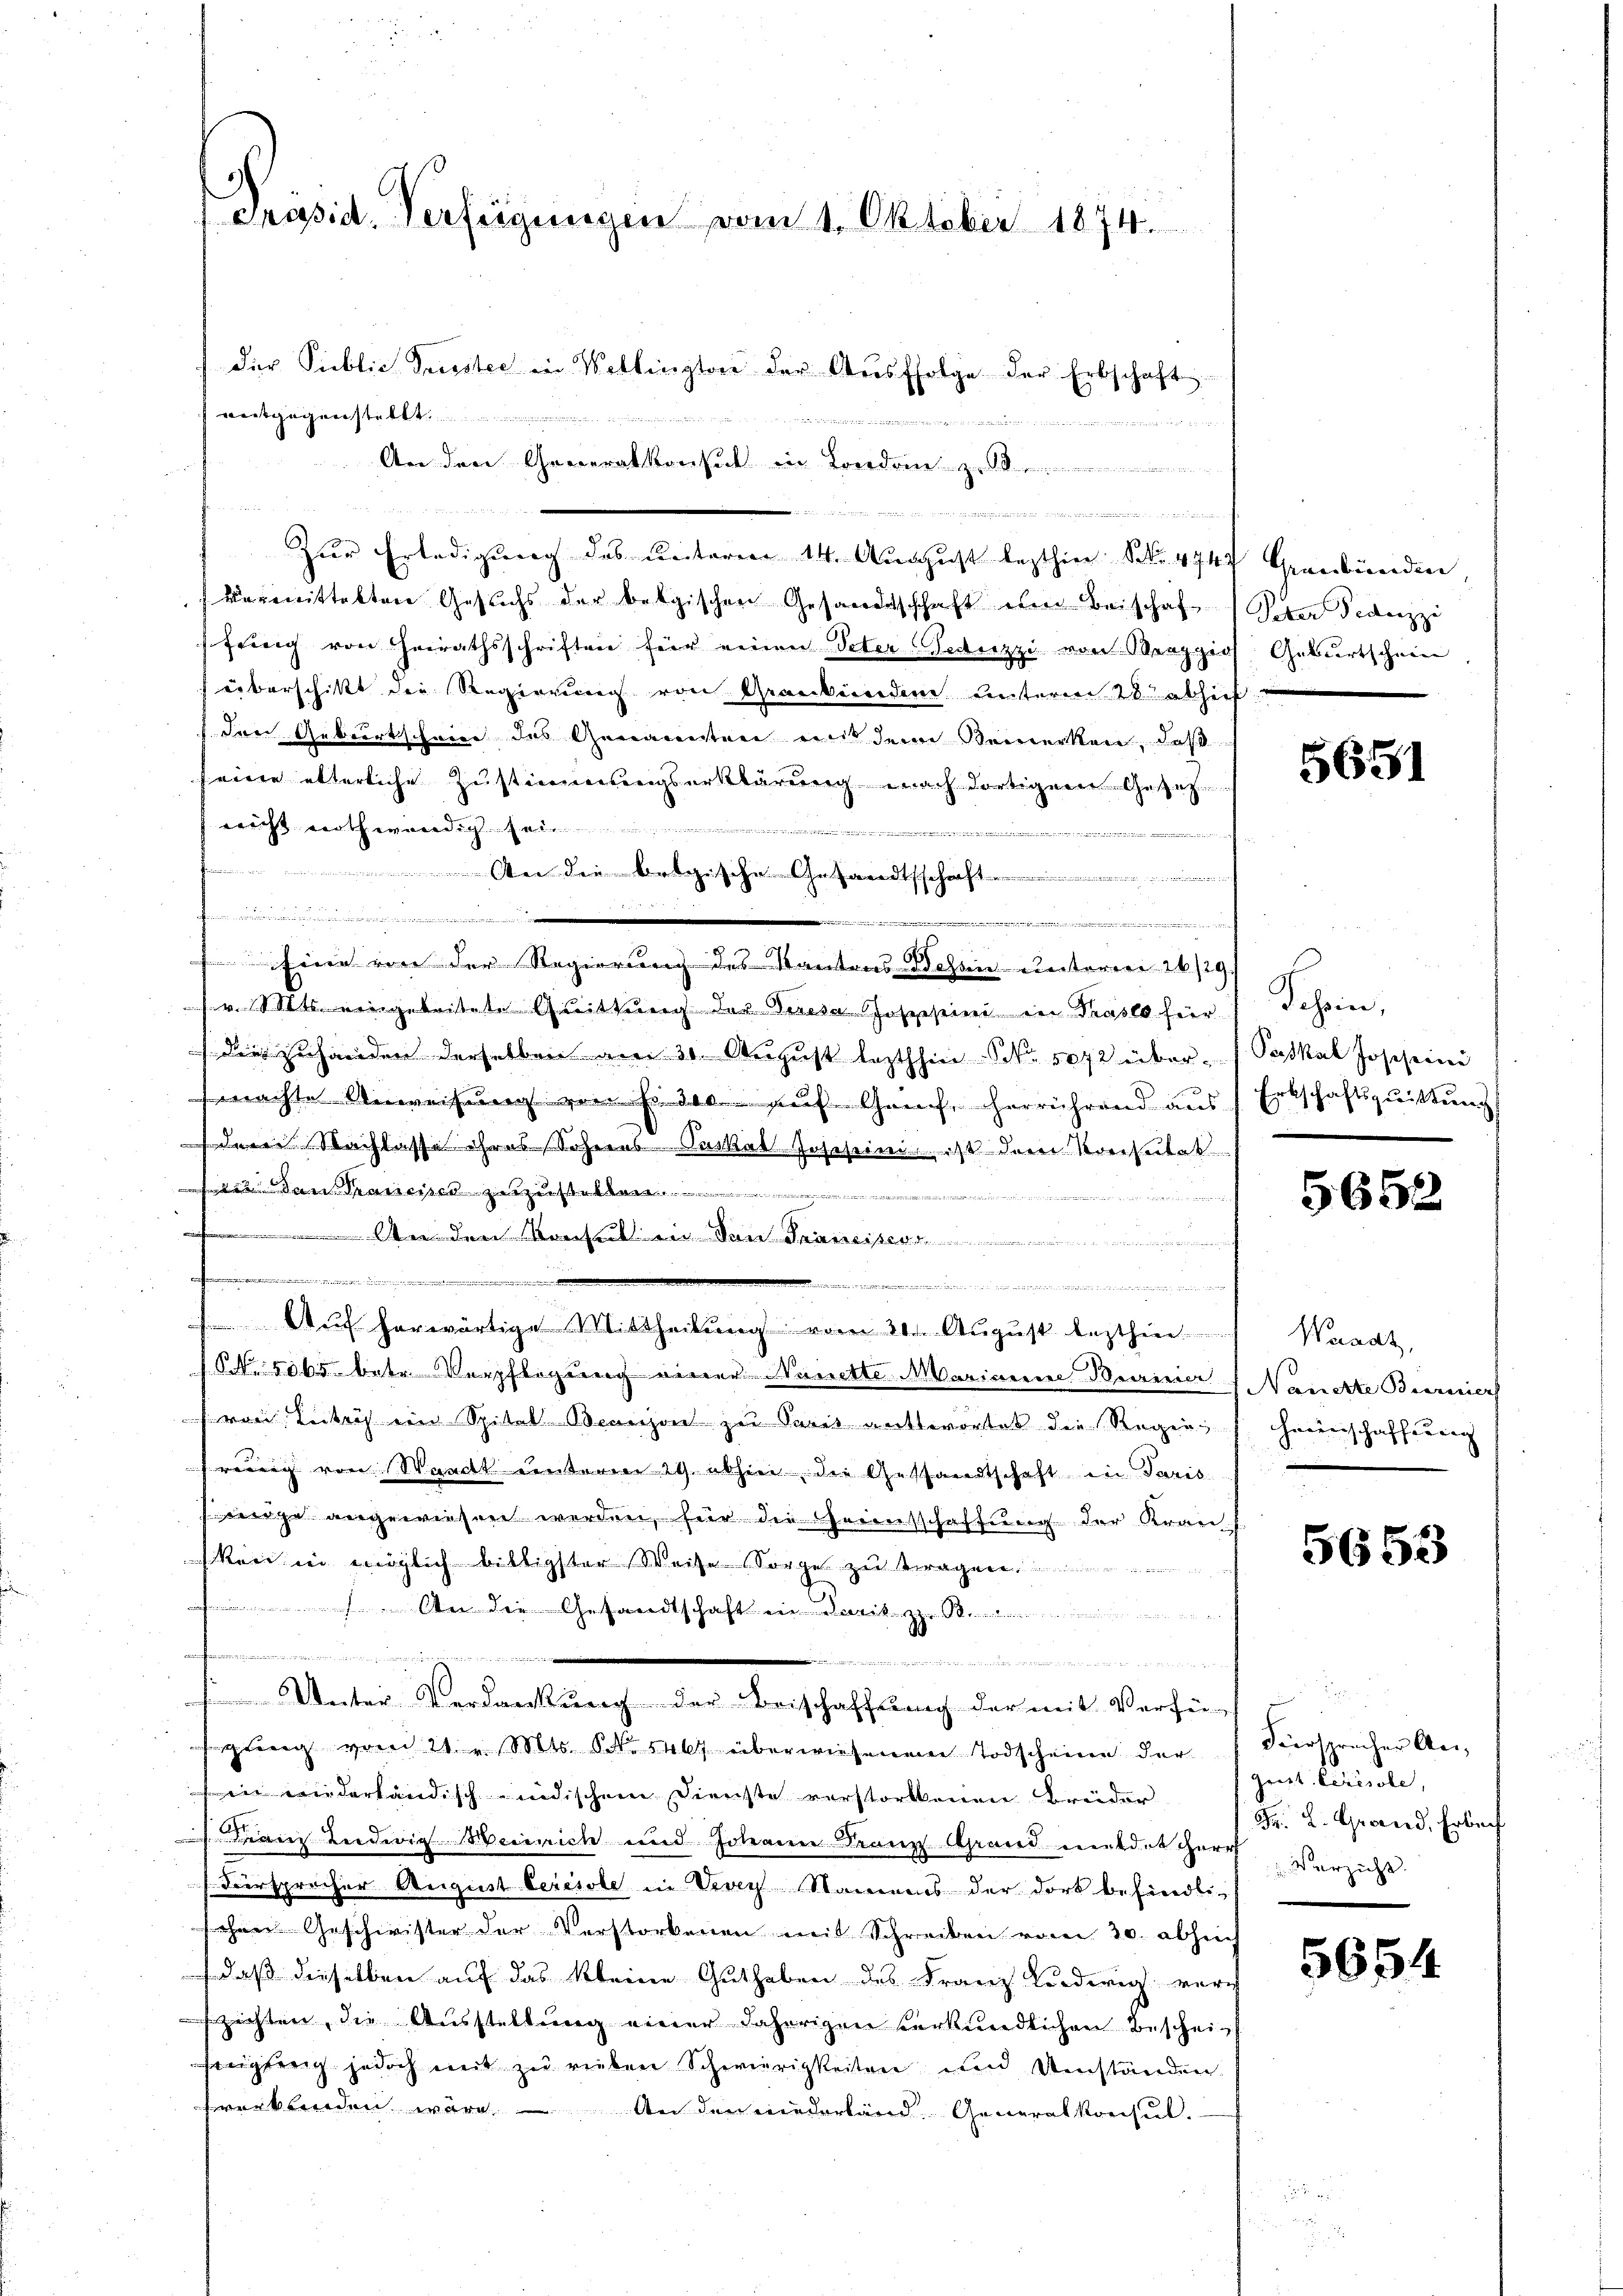
Präsid. Verfügungen vom 1. Oktober 1874.

der Public Griester in Wollingtore der Aŭsffolge der Erbschaft
entgegenstellt.

An den Generalkonsul in London
u
Zur Erledigung des unterm 14. August lezthin Nr. 4747 Graubünden
vermittelten Gesuchs der belgischen Gesandtschaft eben Beischaf
fröng von Heirathsschriften für einen Peter Geduzzi von Strappios Geburtschein,
überschikt die Regierung von Graubündene unterm 28. abhief
drei Geburtschein des Genannten mit dem Bemerken, daß
seine etterliche Zustimmungserklärung nach dortigem Geset
Richt nothwendig sei
2 in eine e
An die belgische Gesandtschaft
.

Ferie von der Regierung des Kantons dessen vierterren 26/29
v. Mts. eingeleitete Quittung der Gese Hospesend den Praslo für
Dies zu handen derselben am 30. August lezthin S. 5072 überwachte Anweisung von Fr. 300. auf Genf, herrührend ausdern Nachlasse ihres Sohnens Suskab Josehenein, ist dem Vorseitet s
 das Pranciser vergehende

aifeieren
in den Pariser
.................
agweit ein an der an meine in meinung de
 herwärtige Mittheilung vom 20. August lezthin
NNo. 5065. betr. Verpflegung einer Munitte Marianne Beerinner
von Leckros ein Spital Beanzon zu Savit anttovortet die Regen,
frig von Waadt unterm 29. abhin, die Gestandtschaft in Paris
wige angewiesen werden, für die Grentschaffung der Kran
Reich in möglich billigster Weise Sorge zu tragen
 An die Gesandtschaft in daris St
.

 Unter Verdankung der Beischaffung der mit Verfü-
sagung vom 21. v. Mts. NNo. 5467 überwiesenem Todscheine der
wie wiederländischeidischen Dienste verstorbenen Brüder
 Franz Ludwig Heinrich und Johann Franz Grand mildeter verzieht
Versprecher August berisole in Vevey Namens der dort befindlich
schen Geschwister der Verstorbenen mit Schreiben vom 20. abheich
daß dieselben auf das kleine Guthaben des Franz Ludwig vorh
zichten, die Ausstellung einer daherigen verkundlichen Bescheifregung jedoch mit zu rieben Schwierigkeiten und Umständen
verbinden wäre. An den niederland. Generalkonsul-

d

Peter Federzzi |

5651

Schein,
Paskal Joscheine
Erbschaftsgeistung
e

5652

Waadt,
Nauerte Biermier
Haruerschafferung

5653

Füersprecher An-
Zeist. Ceresste,
Fr. 2. Groried, Erbach

5654